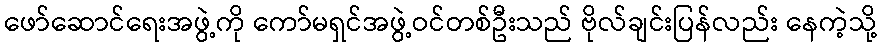
ဖော်ဆောင်ရေးအဖွဲ့ကို ကော်မရှင်အဖွဲ့ဝင်တစ်ဦးသည် ဗိုလ်ချင်းပြန်လည်း နေကဲ့သို့